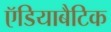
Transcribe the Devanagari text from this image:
ऍडियाबैटिक